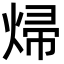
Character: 㷌